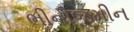
ભીનીજમીન